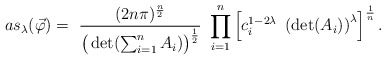
\begin{align*} as_{ \lambda} (\vec \varphi) = \ \frac{( 2 n \pi)^{\frac{n}{2}}}{ \big( \det( \sum_{i=1}^n A_i) \big)^{\frac{1}{2}}} \ \prod_{i=1}^{n} \left[ c_i^{1 - 2\lambda} \ \left( \det(A_i) \right)^{\lambda} \right]^{\frac{1}{n}} .\end{align*}